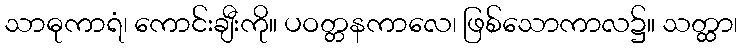
သာဓုကာရံ၊ ကောင်းချီးကို။ ပဝတ္တနကာလေ၊ ဖြစ်သောကာလ၌။ သတ္ထာ၊